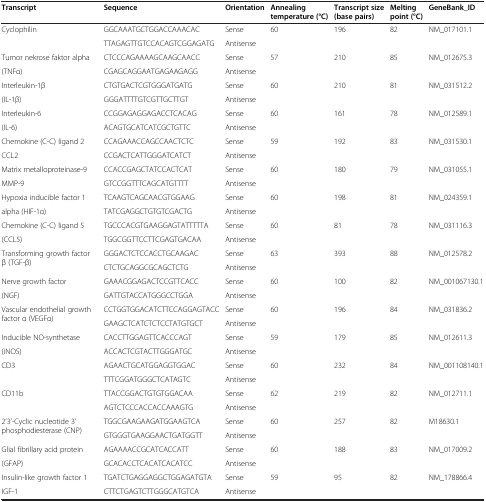
<table><thead><tr><td><b>Transcript</b></td><td><b>Sequence</b></td><td><b>Orientation</b></td><td><b>Annealing temperature (°C)</b></td><td><b>Transcript size (base pairs)</b></td><td><b>Melting point (°C)</b></td><td><b>GeneBank_ID</b></td></tr></thead><tbody><tr><td>Cyclophilin</td><td>GGCAAATGCTGGACCAAACAC</td><td>Sense</td><td>60</td><td>196</td><td rowspan="2">82</td><td rowspan="2">NM_017101.1</td></tr><tr><td> </td><td>TTAGAGTTGTCCACAGTCGGAGATG</td><td>Antisense</td><td> </td><td> </td></tr><tr><td>Tumor nekrose faktor alpha</td><td>CTCCCAGAAAAGCAAGCAACC</td><td>Sense</td><td>57</td><td>210</td><td rowspan="2">85</td><td rowspan="2">NM_012675.3</td></tr><tr><td>(TNFα)</td><td>CGAGCAGGAATGAGAAGAGG</td><td>Antisense</td><td> </td><td> </td></tr><tr><td>Interleukin-1β</td><td>CTGTGACTCGTGGGATGATG</td><td>Sense</td><td>60</td><td>210</td><td rowspan="2">81</td><td rowspan="2">NM_031512.2</td></tr><tr><td>(IL-1β)</td><td>GGGATTTTGTCGTTGCTTGT</td><td>Antisense</td><td> </td><td> </td></tr><tr><td>Interleukin-6</td><td>CCGGAGAGGAGACCTCACAG</td><td>Sense</td><td>60</td><td>161</td><td rowspan="2">78</td><td rowspan="2">NM_012589.1</td></tr><tr><td>(IL-6)</td><td>ACAGTGCATCATCGCTGTTC</td><td>Antisense</td><td> </td><td> </td></tr><tr><td>Chemokine (C-C) ligand 2</td><td>CCAGAAACCAGCCAACTCTC</td><td>Sense</td><td>59</td><td>192</td><td rowspan="2">83</td><td rowspan="2">NM_031530.1</td></tr><tr><td>CCL2</td><td>CCGACTCATTGGGATCATCT</td><td>Antisense</td><td> </td><td> </td></tr><tr><td>Matrix metalloproteinase-9</td><td>CCACCGAGCTATCCACTCAT</td><td>Sense</td><td>60</td><td>180</td><td rowspan="2">79</td><td rowspan="2">NM_031055.1</td></tr><tr><td>MMP-9</td><td>GTCCGGTTTCAGCATGTTTT</td><td>Antisense</td><td> </td><td> </td></tr><tr><td>Hypoxia inducible factor 1</td><td>TCAAGTCAGCAACGTGGAAG</td><td>Sense</td><td>60</td><td>198</td><td rowspan="2">81</td><td rowspan="2">NM_024359.1</td></tr><tr><td>alpha (HIF-1α)</td><td>TATCGAGGCTGTGTCGACTG</td><td>Antisense</td><td> </td><td> </td></tr><tr><td>Chemokine (C-C) ligand 5</td><td>TGCCCACGTGAAGGAGTATTTTTA</td><td>Sense</td><td>60</td><td>81</td><td rowspan="2">78</td><td rowspan="2">NM_031116.3</td></tr><tr><td>(CCL5)</td><td>TGGCGGTTCCTTCGAGTGACAA</td><td>Antisense</td><td> </td><td> </td></tr><tr><td rowspan="2">Transforming growth factor β (TGF-β)</td><td>GGGACTCTCCACCTGCAAGAC</td><td>Sense</td><td>63</td><td>393</td><td rowspan="2">88</td><td rowspan="2">NM_012578.2</td></tr><tr><td>CTCTGCAGGCGCAGCTCTG</td><td>Antisense</td><td> </td><td> </td></tr><tr><td>Nerve growth factor</td><td>GAAACGGAGACTCCGTTCACC</td><td>Sense</td><td>60</td><td>100</td><td rowspan="2">82</td><td rowspan="2">NM_001067130.1</td></tr><tr><td>(NGF)</td><td>GATTGTACCATGGGCCTGGA</td><td>Antisense</td><td> </td><td> </td></tr><tr><td rowspan="2">Vascular endothelial growth factor α (VEGFα)</td><td>CCTGGTGGACATCTTCCAGGAGTACC</td><td>Sense</td><td>60</td><td>196</td><td rowspan="2">84</td><td rowspan="2">NM_031836.2</td></tr><tr><td>GAAGCTCATCTCTCCTATGTGCT</td><td>Antisense</td><td> </td><td> </td></tr><tr><td>Inducible NO-synthetase</td><td>CACCTTGGAGTTCACCCAGT</td><td>Sense</td><td>59</td><td>179</td><td rowspan="2">85</td><td rowspan="2">NM_012611.3</td></tr><tr><td>(iNOS)</td><td>ACCACTCGTACTTGGGATGC</td><td>Antisense</td><td> </td><td> </td></tr><tr><td>CD3</td><td>AGAACTGCATGGAGGTGGAC</td><td>Sense</td><td>60</td><td>232</td><td rowspan="2">84</td><td rowspan="2">NM_001108140.1</td></tr><tr><td> </td><td>TTTCGGATGGGCTCATAGTC</td><td>Antisense</td><td> </td><td> </td></tr><tr><td>CD11b</td><td>TTACCGGACTGTGTGGACAA</td><td>Sense</td><td>62</td><td>219</td><td rowspan="2">82</td><td rowspan="2">NM_012711.1</td></tr><tr><td> </td><td>AGTCTCCCACCACCAAAGTG</td><td>Antisense</td><td> </td><td> </td></tr><tr><td rowspan="2">2’3’-Cyclic nucleotide 3’ phosphodiesterase (CNP)</td><td>TGGCGAAGAAGATGGAAGTCA</td><td>Sense</td><td>60</td><td>257</td><td rowspan="2">82</td><td rowspan="2">M18630.1</td></tr><tr><td>GTGGGTGAAGGAACTGATGGTT</td><td>Antisense</td><td> </td><td> </td></tr><tr><td>Glial fibrillary acid protein</td><td>AGAAAACCGCATCACCATT</td><td>Sense</td><td>60</td><td>188</td><td rowspan="2">83</td><td rowspan="2">NM_017009.2</td></tr><tr><td>(GFAP)</td><td>GCACACCTCACATCACATCC</td><td>Antisense</td><td> </td><td> </td></tr><tr><td>Insulin-like growth factor 1</td><td>TGATCTGAGGAGGCTGGAGATGTA</td><td>Sense</td><td>59</td><td>95</td><td rowspan="2">82</td><td rowspan="2">NM_178866.4</td></tr><tr><td>IGF-1</td><td>CTTCTGAGTCTTGGGCATGTCA</td><td>Antisense</td><td> </td><td> </td></tr></tbody></table>